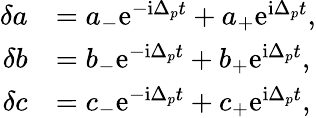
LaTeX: \begin{array}{rl}{\delta a}&{=a_{-}\mathrm{e}^{-\mathrm{i}\Delta_{p}t}+a_{+}\mathrm{e}^{\mathrm{i}\Delta_{p}t},}\\ {\delta b}&{=b_{-}\mathrm{e}^{-\mathrm{i}\Delta_{p}t}+b_{+}\mathrm{e}^{\mathrm{i}\Delta_{p}t},}\\ {\delta c}&{=c_{-}\mathrm{e}^{-\mathrm{i}\Delta_{p}t}+c_{+}\mathrm{e}^{\mathrm{i}\Delta_{p}t},}\end{array}